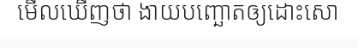
មើលឃើញថា ងាយបញ្ឆោតឲ្យដោះសោ